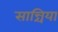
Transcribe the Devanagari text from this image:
सान्चिया